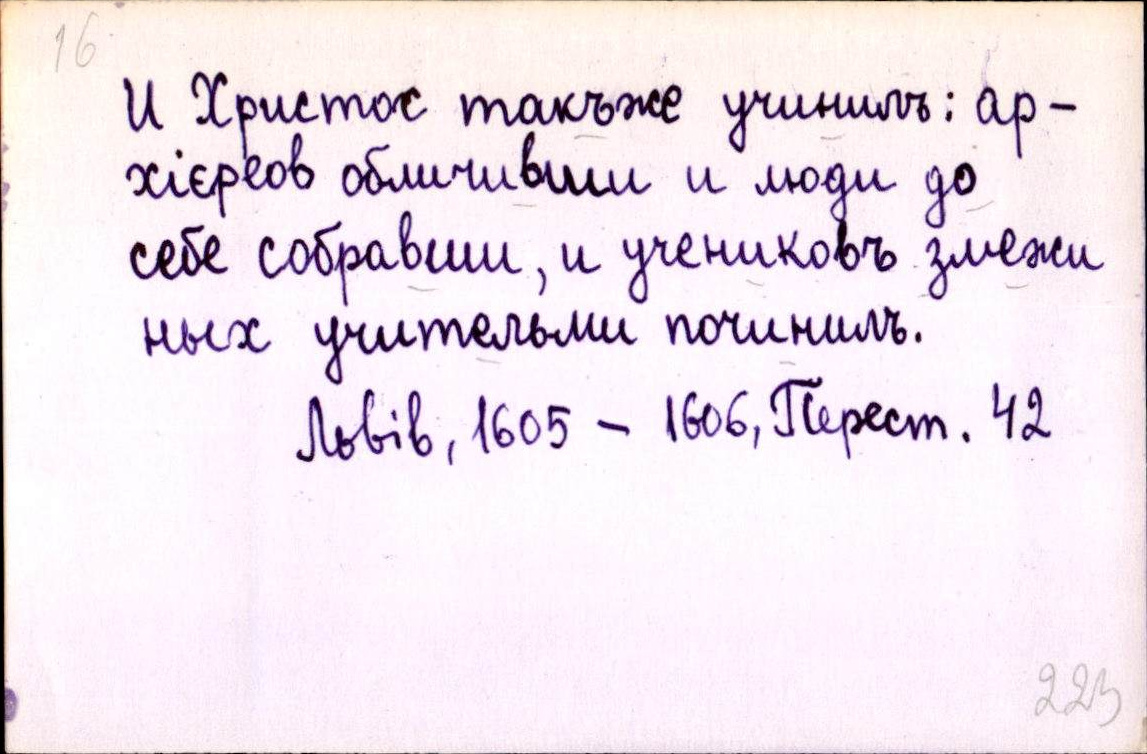
И Христос такъже учинилъ: ар-
хієрєов обличивши и люди до
себе собравши, и учениковъ змежи
ных учительми починилъ.
Львів, 1605 - 1606, Перест. 42